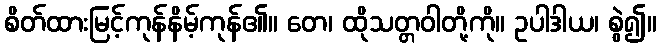
စိတ်ထားမြင့်ကုန်နိမ့်ကုန်၏။ တေ၊ ထိုသတ္တဝါတို့ကို။ ဥပါဒါယ၊ စွဲ၍။